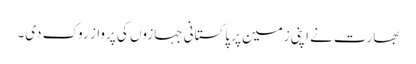
بھارت نے اپنی زمین پر پاکستانی جہازوں کی پرواز روک دی۔